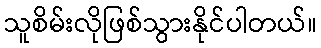
သူစိမ်းလိုဖြစ်သွားနိုင်ပါတယ်။